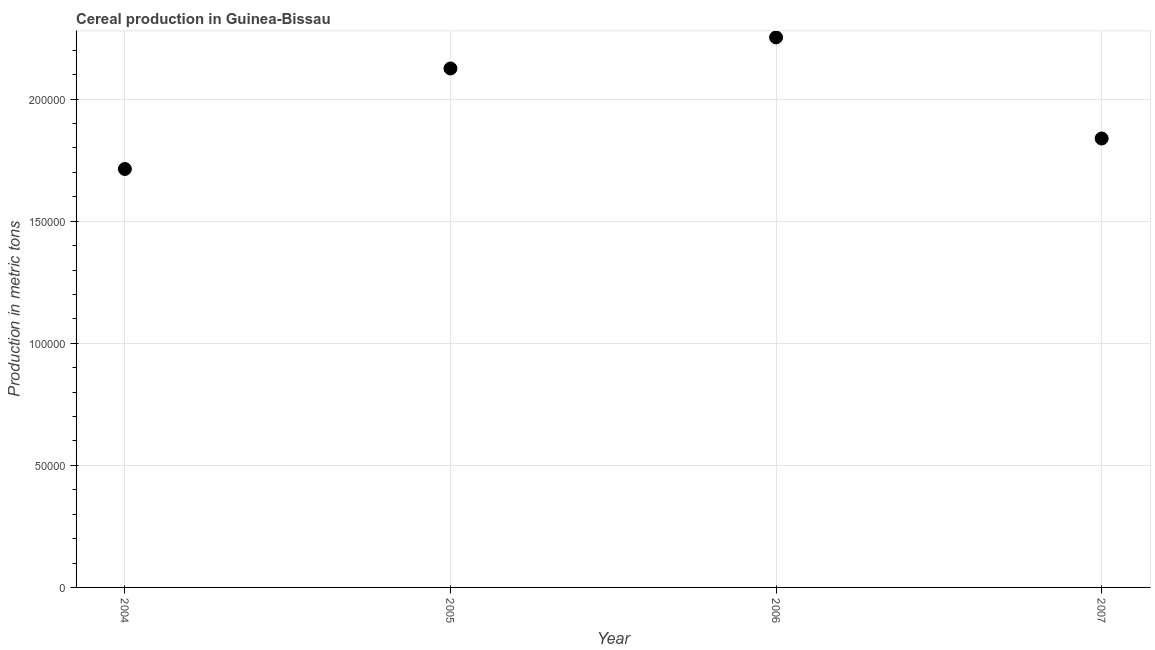
| Year | Cereal production |
 | --- | --- |
 | 2004 | 1.71e+05 |
 | 2005 | 2.13e+05 |
 | 2006 | 2.25e+05 |
 | 2007 | 1.84e+05 |